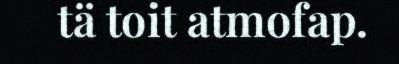
tä toit atmofap.